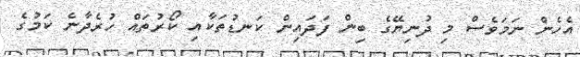
އެހެން ނަމަވެސް މި ދުނިޔޭގެ ބިން ފަދައިން ކަނޑުތަކާއި ކޯރުތައް ހުރެދާނެ ކަމުގެ